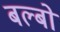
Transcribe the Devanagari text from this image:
बल्‍बों